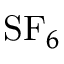
\mathrm { S F } _ { 6 }